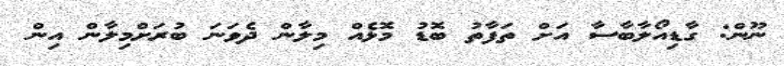
ނޫން: ގާޑިއޯލާބާސާ އަށް ތަފާތު ބޮޑު މޮޅެއް މިލާން ދެވަނަ ބުރަށްމިލާން އިން